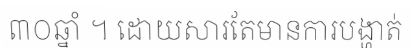
៣០ឆ្នាំ ។ ដោយសារតែមានការបង្ហាត់